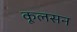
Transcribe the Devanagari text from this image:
कूलसन